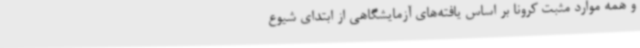
و همه موارد مثبت کرونا بر اساس یافته‌های آزمایشگاهی از ابتدای شیوع